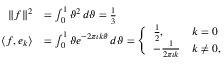
{ \begin{array} { r l } { \| f \| ^ { 2 } } & { = \int _ { 0 } ^ { 1 } \vartheta ^ { 2 } \, d \vartheta = { \frac { 1 } { 3 } } } \\ { \langle f , e _ { k } \rangle } & { = \int _ { 0 } ^ { 1 } \vartheta e ^ { - 2 \pi \imath k \vartheta } \, d \vartheta = { \Biggl \{ \begin{array} { l l } { { \frac { 1 } { 2 } } , } & { k = 0 } \\ { - { \frac { 1 } { 2 \pi \imath k } } } & { k \neq 0 , } \end{array} } } \end{array} }